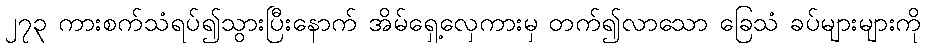
၂၇၃ ကားစက်သံရပ်၍သွားပြီးနောက် အိမ်ရှေ့လှေကားမှ တက်၍လာသော ခြေသံ ခပ်များများကို